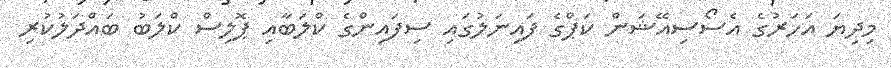
މިދިޔަ އަހަރުގެ އެސޯސިއޭޝަން ކަޕްގެ ފައިނަލުގައި ސިފައިންގެ ކްލަބާއި ޕޮލިސް ކްލަބު ބައްދަލުކުރި